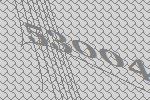
53004